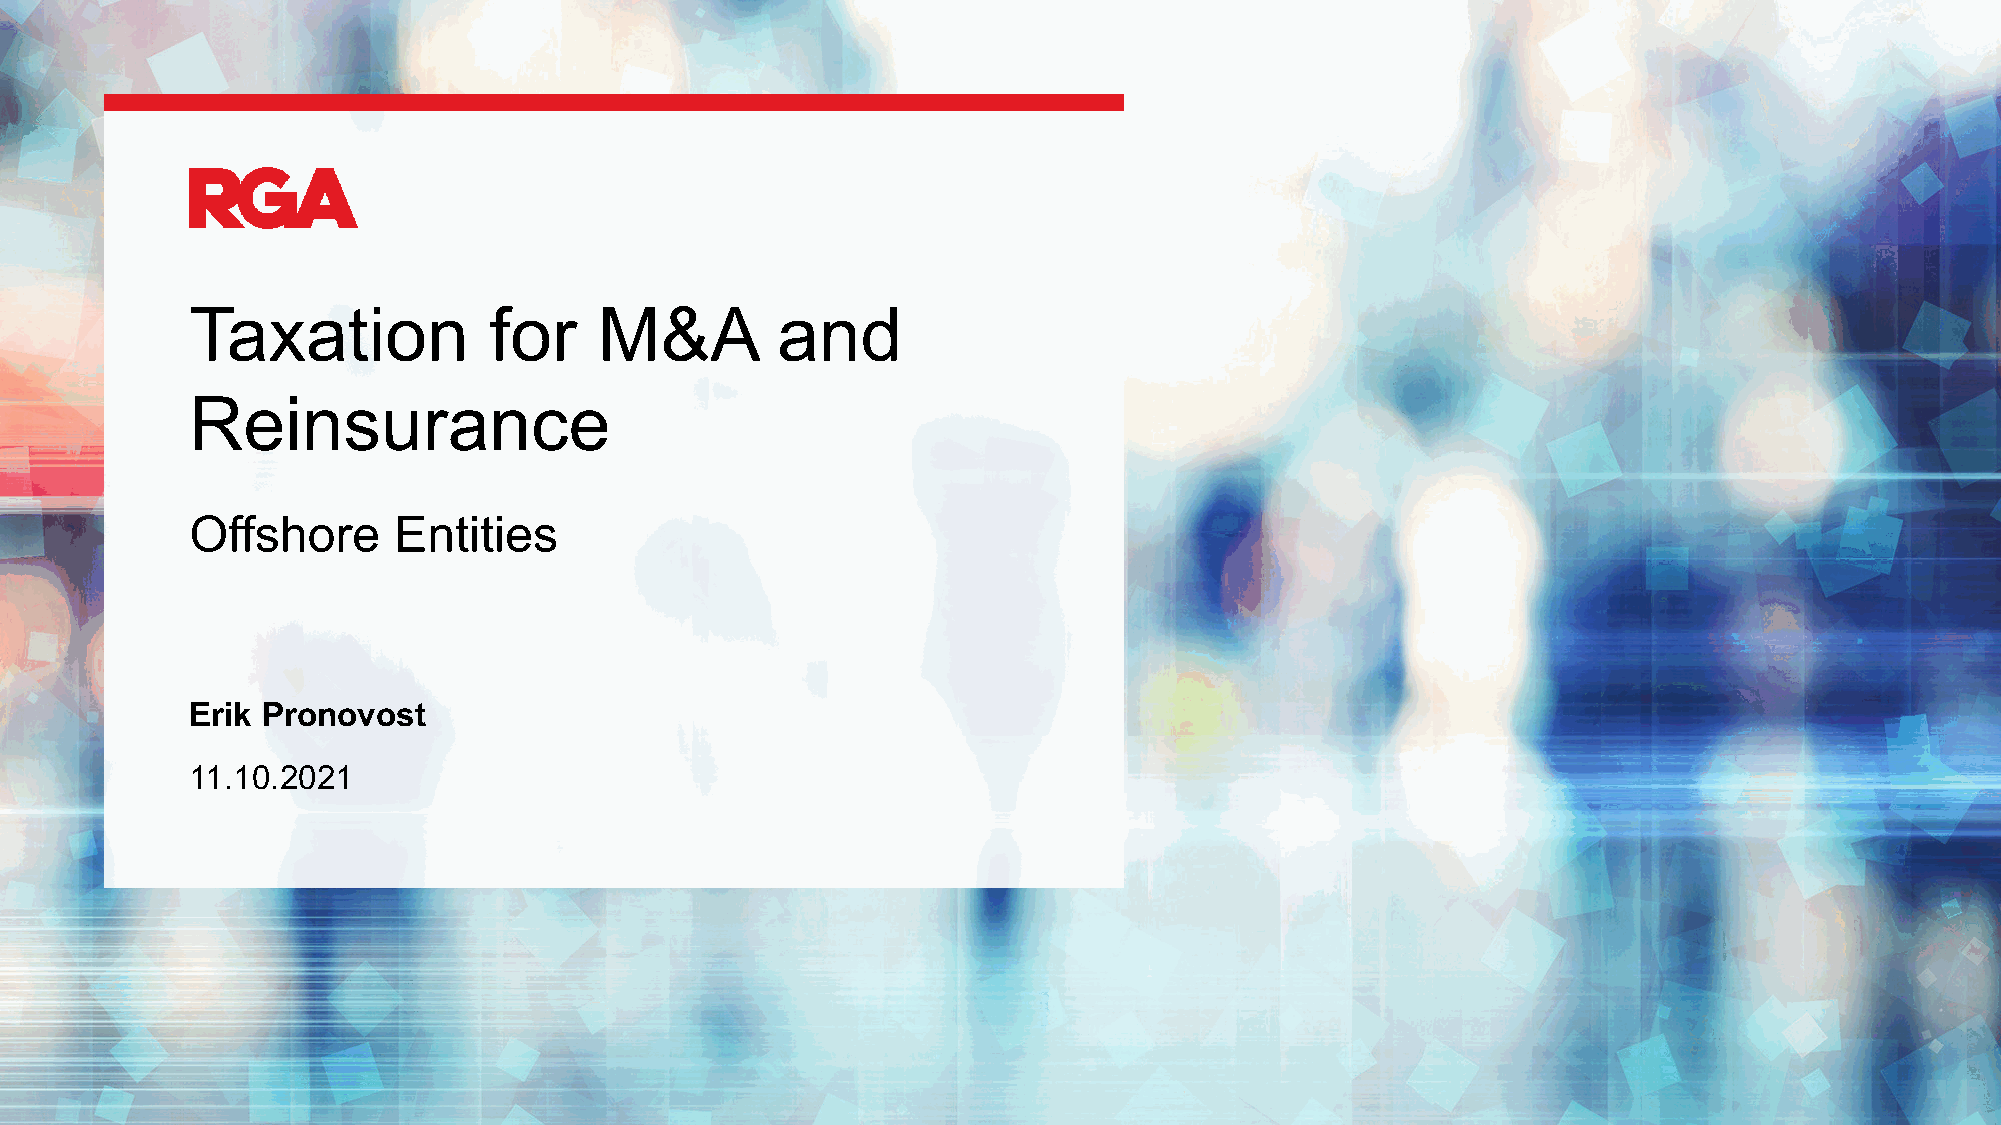
Taxation           for     M&A        and
 Reinsurance
 Offshore     Entities
 Erik Pronovost
 11.10.2021